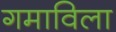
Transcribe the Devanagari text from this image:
गमाविला